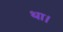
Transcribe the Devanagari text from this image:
था।